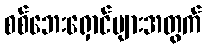
စစ်ဘေးရှောင်များအတွက်